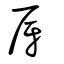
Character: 厊